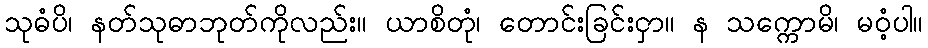
သုဓံပိ၊ နတ်သုဓာဘုတ်ကိုလည်း။ ယာစိတုံ၊ တောင်းခြင်းငှာ။ န သက္ကောမိ၊ မဝံ့ပါ။